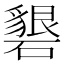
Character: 𥖞